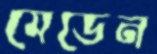
মেডেন